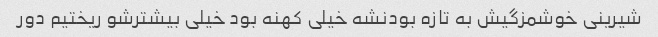
شیرینی خوشمزگیش به تازه بودنشه خیلی کهنه بود خیلی بیشترشو ریختیم دور